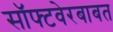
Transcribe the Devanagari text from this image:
सॉफ्टवेरबाबत